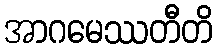
အာဂမေဿတီတိ